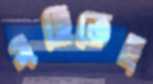
সহিতেছ